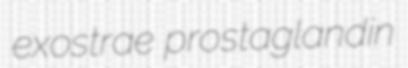
exostrae prostaglandin